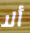
ألا